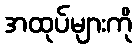
အထုပ်များကို